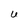
Character: U